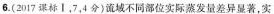
6.(2017课标Ⅰ，7，4分)流域不同部位实际蒸发量差异显著，实